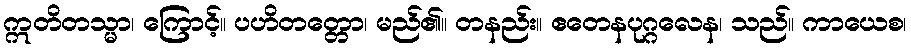
ဣတိတသ္မာ၊ ကြောင့်။ ပဟိတတ္တော၊ မည်၏။ တနည်း။ ဧတေနပုဂ္ဂလေန၊ သည်။ ကာယေစ၊